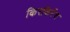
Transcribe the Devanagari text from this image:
किरकिरेंच